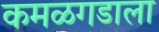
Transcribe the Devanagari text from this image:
कमळगडाला